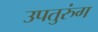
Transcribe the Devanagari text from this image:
उपतुरुंग